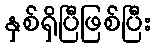
နှစ်ရှိပြီဖြစ်ပြီး